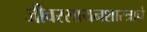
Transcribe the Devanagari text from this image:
जीवरसायनशास्त्राचे